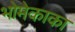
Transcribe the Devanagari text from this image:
भोमेकाका